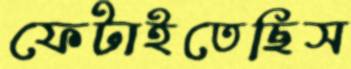
ফেটাইতেছিস